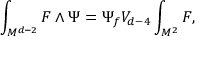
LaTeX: \int _ { M ^ { d - 2 } } F \wedge \Psi = \Psi _ { f } V _ { d - 4 } \int _ { M ^ { 2 } } F ,